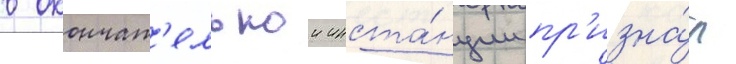
в окончат'ельнои инста́нции пр'изна́л